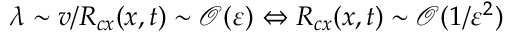
\lambda \sim v / R _ { c x } ( x , t ) \sim \mathcal { O } ( \varepsilon ) \Leftrightarrow R _ { c x } ( x , t ) \sim \mathcal { O } ( 1 / \varepsilon ^ { 2 } )